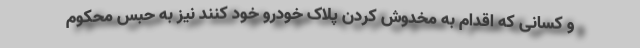
و کسانی که اقدام به مخدوش کردن پلاک خودرو خود کنند نیز به حبس محکوم